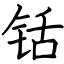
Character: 铦